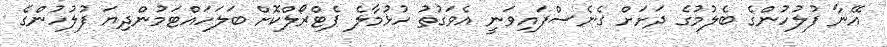
އޭނާ ފުލުހުންގެ ބެލުމުގެ ދަށަށް ގެނެސްފައިވަނީ އެވަގުތު ހުޅުމާލެ ޕެޓްރޯލްކޮށް ބަލަހައްޓަމުންދިޔަ ފުލުހުންގެ